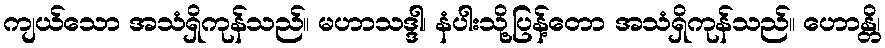
ကျယ်သော အသံရှိကုန်သည်။ မဟာသဒ္ဒါ၊ နံပါးသို့ပြန့်တော အသံရှိကုန်သည်။ ဟောန္တိ၊